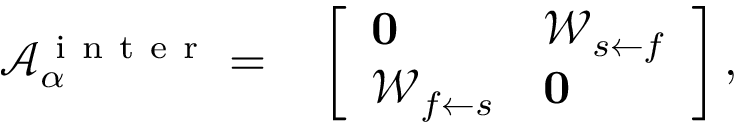
\begin{array} { r l } { \mathcal { A } _ { \alpha } ^ { \mathrm { ~ i ~ n ~ t ~ e ~ r ~ } } = } & { { } \left[ \begin{array} { l l } { \mathbf { 0 } } & { \mathcal { W } _ { s \leftarrow f } } \\ { \mathcal { W } _ { f \leftarrow s } } & { \mathbf { 0 } } \end{array} \right] , } \end{array}